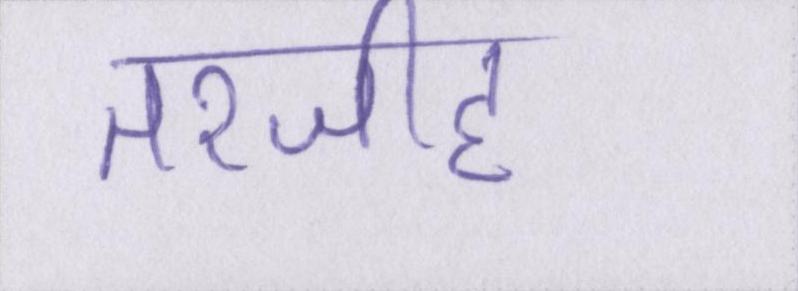
तरजीह